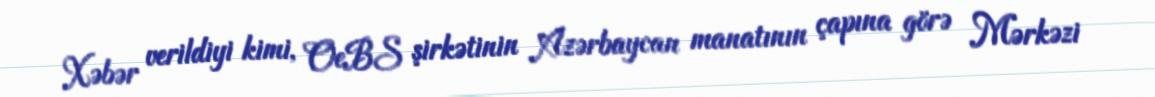
Xəbər verildiyi kimi, OeBS şirkətinin Azərbaycan manatının çapına görə Mərkəzi